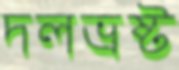
দলভ্রষ্ট